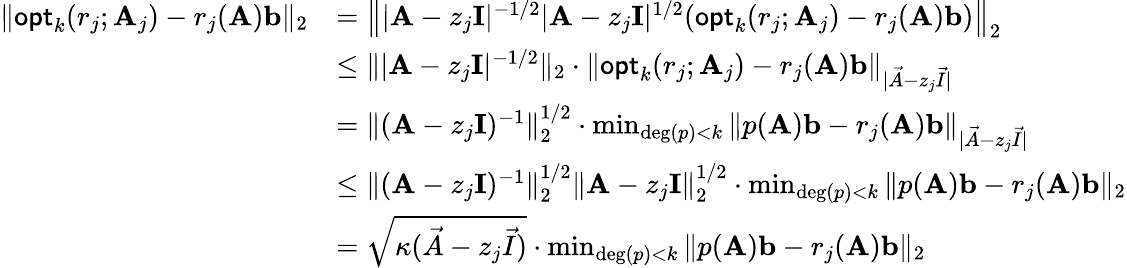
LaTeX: \begin{array}{rl}{\| \mathsf{opt}_{k}(r_{j};\mathbf{A}_{j})-r_{j}(\mathbf{A})\mathbf{b}\| _{2}}&{=\left\| |\mathbf{A}-z_{j}\mathbf{I}|^{-1/2}|\mathbf{A}-z_{j}\mathbf{I}|^{1/2}(\mathsf{opt}_{k}(r_{j};\mathbf{A}_{j})-r_{j}(\mathbf{A})\mathbf{b})\right\| _{2}}\\ &{\leq\| |\mathbf{A}-z_{j}\mathbf{I}|^{-1/2}\| _{2}\cdot\| \mathsf{opt}_{k}(r_{j};\mathbf{A}_{j})-r_{j}(\mathbf{A})\mathbf{b}\| _{|\vec{A}-z_{j}\vec{I}|}}\\ &{=\| (\mathbf{A}-z_{j}\mathbf{I})^{-1}\| _{2}^{1/2}\cdot\operatorname*{min}_{\mathrm{deg}(p)<k}\| p(\mathbf{A})\mathbf{b}-r_{j}(\mathbf{A})\mathbf{b}\| _{|\vec{A}-z_{j}\vec{I}|}}\\ &{\leq\| (\mathbf{A}-z_{j}\mathbf{I})^{-1}\| _{2}^{1/2}\| \mathbf{A}-z_{j}\mathbf{I}\| _{2}^{1/2}\cdot\operatorname*{min}_{\mathrm{deg}(p)<k}\| p(\mathbf{A})\mathbf{b}-r_{j}(\mathbf{A})\mathbf{b}\| _{2}}\\ &{=\sqrt{\kappa(\vec{A}-z_{j}\vec{I})}\cdot\operatorname*{min}_{\mathrm{deg}(p)<k}\| p(\mathbf{A})\mathbf{b}-r_{j}(\mathbf{A})\mathbf{b}\| _{2}}\end{array}